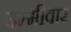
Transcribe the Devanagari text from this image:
उम्मीवार